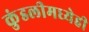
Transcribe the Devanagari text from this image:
कुंडलीमध्येही